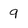
Character: 9